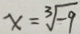
x = \sqrt [ 3 ] { - 9 }